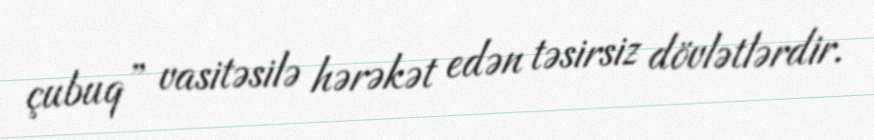
çubuq” vasitəsilə hərəkət edən təsirsiz dövlətlərdir.